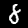
Digit: 8